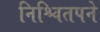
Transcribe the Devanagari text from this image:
निश्चितपने